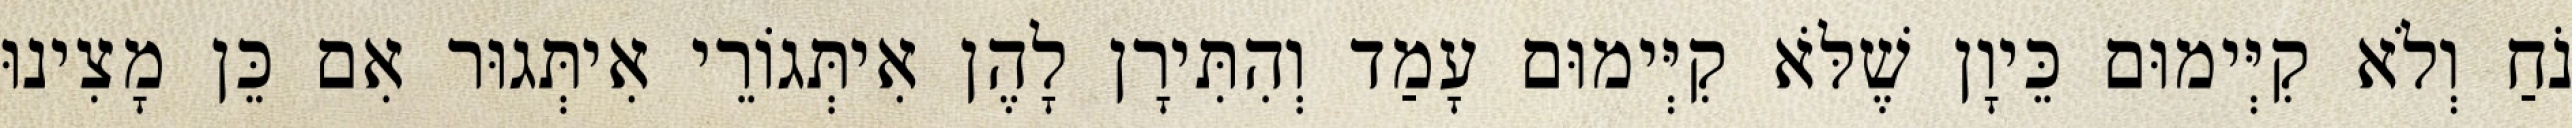
נֹחַ וְלֹא קִיְּימוּם כֵּיוָן שֶׁלֹּא קִיְּימוּם עָמַד וְהִתִּירָן לָהֶן אִיתְּגוֹרֵי אִיתְּגוּר אִם כֵּן מָצִינוּ